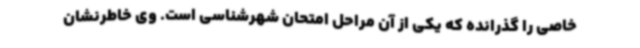
خاصی را گذرانده که یکی از آن مراحل امتحان شهرشناسی است. وی خاطرنشان